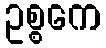
ဥစ္စကေ